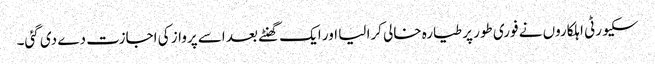
سکیورٹی اہلکاروں نے فوری طور پر طیارہ خالی کرا لیا اور ایک گھنٹے بعد اسے پرواز کی اجازت دے دی گئی۔